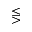
\lesseqgtr